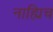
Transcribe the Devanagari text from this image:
नाह्यिच